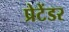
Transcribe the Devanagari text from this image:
प्रेटेंडर